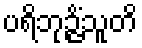
ပရိဘုဉ္ဇိံသူတိ